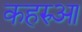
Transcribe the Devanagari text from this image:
कहरुआ